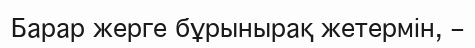
Барар жерге бұрынырақ жетермін, –